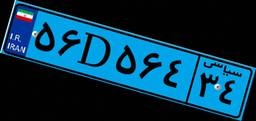
۱۸D۴۷۶۳۵